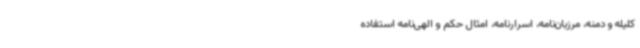
کلیله و دمنه، مرزبان‌نامه، اسرارنامه، امثال حکم و الهی‌نامه استفاده